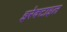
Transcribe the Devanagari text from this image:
इरेक्टाइल